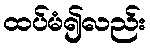
ထပ်မံ၍လည်း